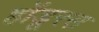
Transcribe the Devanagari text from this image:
होंडूरस